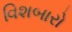
વિશબારો